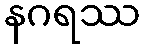
နဂရဿ